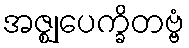
အဇ္ဈုပေက္ခိတဗ္ဗံ